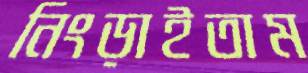
নিংড়াইতাম